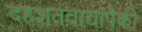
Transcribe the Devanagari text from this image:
दहशतवाद्यांपैकी